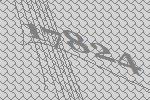
17824